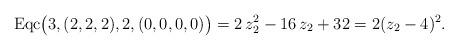
LaTeX: \begin{align*} \mathrm{Eqc}\big(3,(2,2,2),2,(0,0,0,0)\big)=2\,{z}_{2}^{2}-16\,{z}_{2}+32=2(z_2-4)^2.\end{align*}